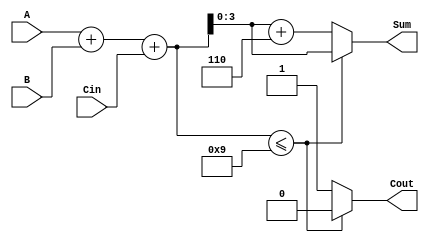
module BCD_LUT_Adder (
    input  wire [3:0] A,      // BCD input A
    input  wire [3:0] B,      // BCD input B
    input  wire Cin,          // Carry input
    output reg  [3:0] Sum,    // BCD output Sum
    output reg  Cout          // Carry output
);

    // Intermediate 5-bit sum
    wire [4:0] temp_sum;
    
    // Calculate the binary sum of A, B, and Cin
    assign temp_sum = A + B + Cin;

    // Look-Up Table for BCD correction
    always @(*) begin
        if (temp_sum <= 9) begin
            Sum = temp_sum[3:0]; // Valid BCD result
            Cout = 1'b0;         // No carry
        end else begin
            Sum = temp_sum[3:0] + 4'b0110; // Add 6 to correct to BCD
            Cout = 1'b1;         // Carry out
        end
    end

endmodule